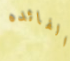
الفائده